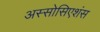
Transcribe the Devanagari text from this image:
अस्सोसिएशंस